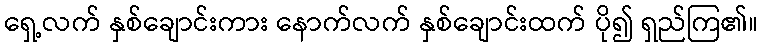
ရှေ့လက် နှစ်ချောင်းကား နောက်လက် နှစ်ချောင်းထက် ပို၍ ရှည်ကြ၏။